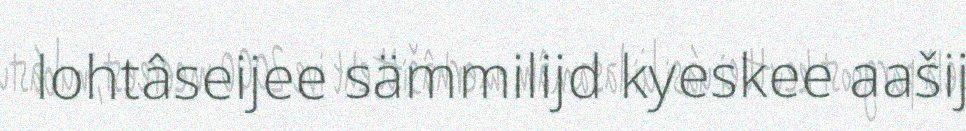
lohtâseijee sämmilijd kyeskee aašij